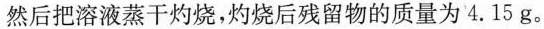
然后把溶液蒸干灼烧，灼烧后残留物的质量为 4.15 g。